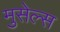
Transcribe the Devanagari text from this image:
मुसेल्स